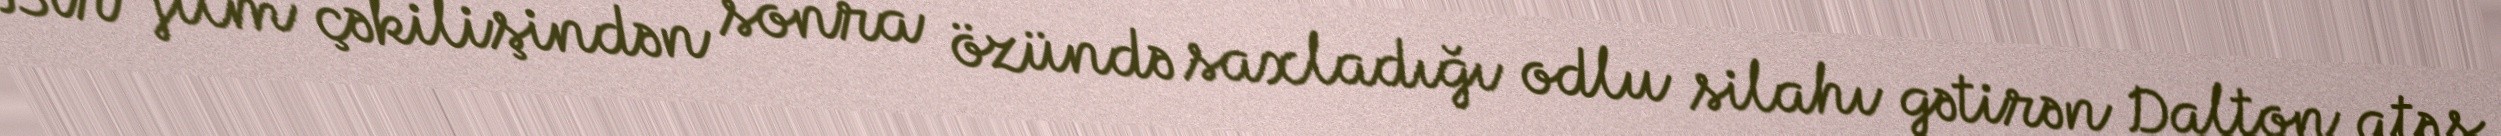
Bir film çəkilişindən sonra özündə saxladığı odlu silahı gətirən Dalton atəş